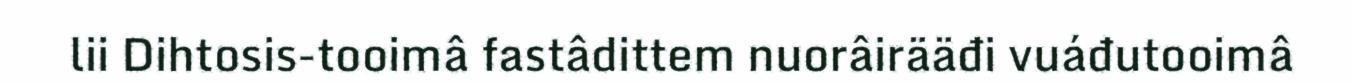
lii Dihtosis-tooimâ fastâdittem nuorâirääđi vuáđutooimâ